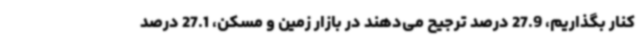
کنار بگذاریم، 27.9 درصد ترجیح می‌دهند در بازار زمین و مسکن، 27.1 درصد